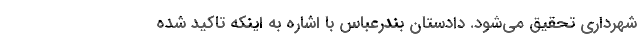
شهرداری تحقیق می‌شود. دادستان بندرعباس با اشاره به اینکه تاکید شده